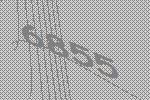
6855